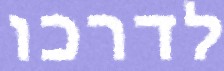
לדרכו